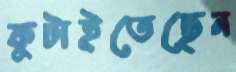
কুটাইতেছেন